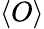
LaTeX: \langle O\rangle